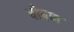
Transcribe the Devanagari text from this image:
षोषण